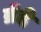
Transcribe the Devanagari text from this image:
व्रेदे